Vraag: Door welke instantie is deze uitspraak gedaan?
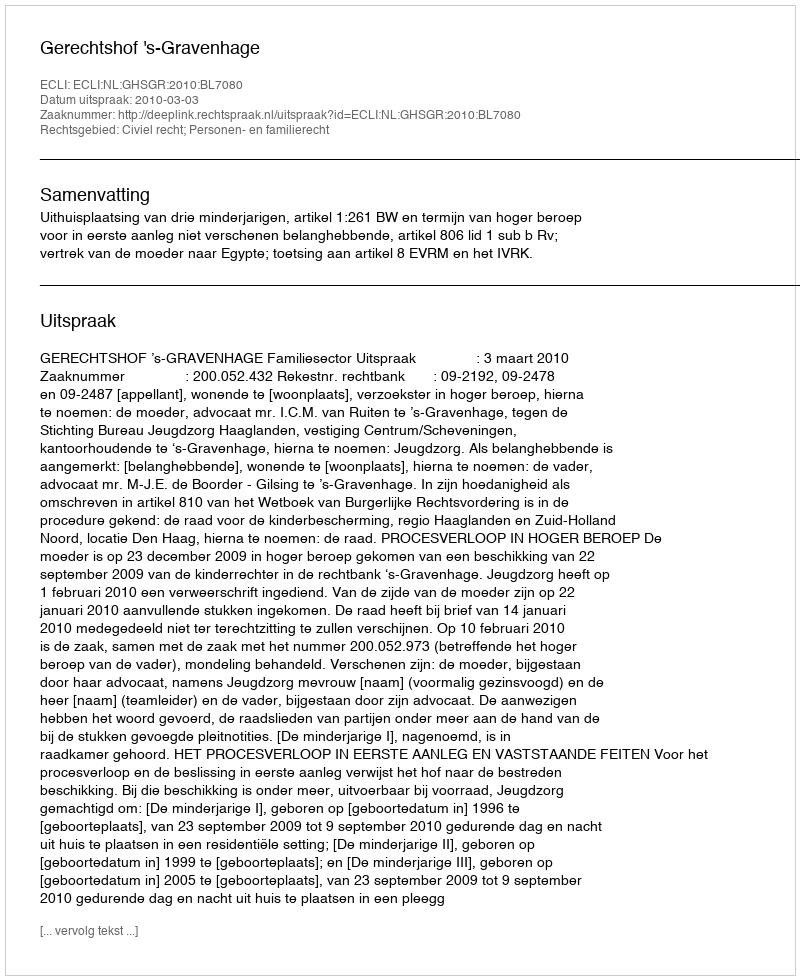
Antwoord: Gerechtshof 's-Gravenhage